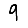
Digit: 9